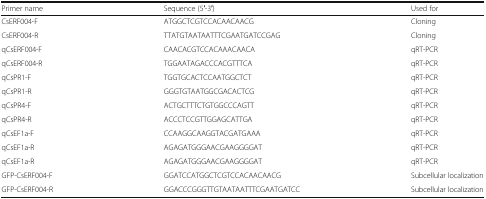
| Primer name | Sequence (5′-3′) | Used for |
 | --- | --- | --- |
 | CsERF004-F | ATGGCTCGTCCACAACAACG | Cloning |
 | CsERF004-R | TTATGTAATAATTTCGAATGATCCGAG | Cloning |
 | qCsERF004-F | CAACACGTCCACAAACAACA | qRT-PCR |
 | qCsERF004-R | TGGAATAGACCCACGTTTCA | qRT-PCR |
 | qCsPR1-F | TGGTGCACTCCAATGGCTCT | qRT-PCR |
 | qCsPR1-R | GGGTGTAATGGCGACACTCG | qRT-PCR |
 | qCsPR4-F | ACTGCTTTCTGTGGCCCAGTT | qRT-PCR |
 | qCsPR4-R | ACCCTCCGTTGGAGCATTGA | qRT-PCR |
 | qCsEF1a-F | CCAAGGCAAGGTACGATGAAA | qRT-PCR |
 | qCsEF1a-R | AGAGATGGGAACGAAGGGGAT | qRT-PCR |
 | qCsEF1a-R | AGAGATGGGAACGAAGGGGAT | qRT-PCR |
 | GFP-CsERF004-F | GGATCCATGGCTCGTCCACAACAACG | Subcellular localization |
 | GFP-CsERF004-R | GGACCCGGGTTGTAATAATTTCGAATGATCC | Subcellular localization |